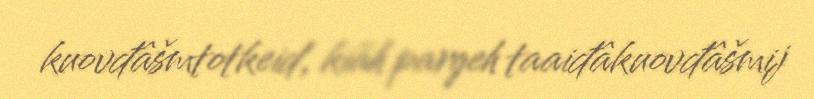
kuovđâšmtotkeid, kiäh pargeh taaiđâkuovđâšmij